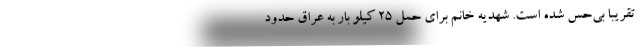
تقريبا بي‌حس شده است. شهديه خانم براي حمل 25 كيلو بار به عراق حدود